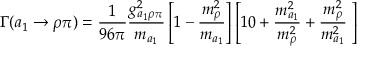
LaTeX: \Gamma ( a _ { 1 } \to \rho \pi ) = \frac { 1 } { 9 6 \pi } \frac { g _ { a _ { 1 } \rho \pi } ^ { 2 } } { m _ { a _ { 1 } } } \left[ 1 - \frac { m _ { \rho } ^ { 2 } } { m _ { a _ { 1 } } } \right] \left[ 1 0 + \frac { m _ { a _ { 1 } } ^ { 2 } } { m _ { \rho } ^ { 2 } } + \frac { m _ { \rho } ^ { 2 } } { m _ { a _ { 1 } } ^ { 2 } } \ \right]